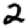
Digit: 2